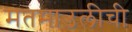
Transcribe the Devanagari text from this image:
मतमाउलीची